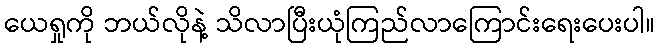
ယေရှုကို ဘယ်လိုနဲ့ သိလာပြီးယုံကြည်လာကြောင်းရေးပေးပါ။